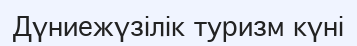
Дүниежүзілік туризм күні